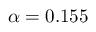
\alpha = 0 . 1 5 5